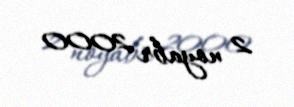
2 noyabr 2000